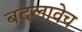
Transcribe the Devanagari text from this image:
बदलावेच